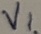
Text: V1